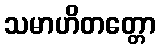
သမာဟိတတ္တော